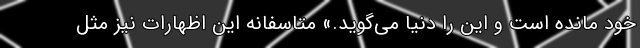
خود مانده است و این را دنیا می‌گوید.» متاسفانه این اظهارات نیز مثل